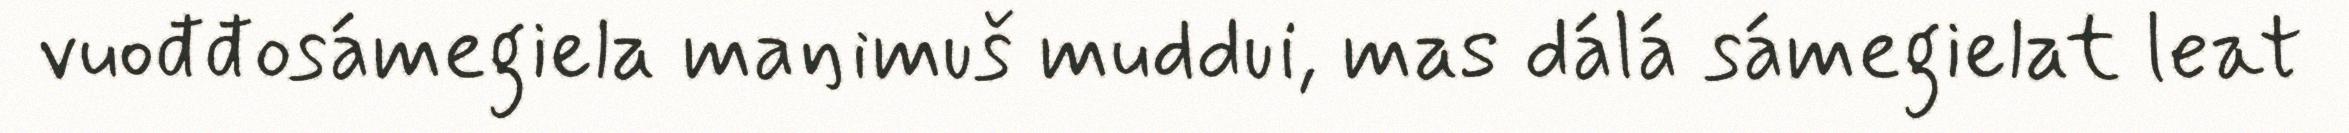
vuođđosámegiela maŋimuš muddui, mas dálá sámegielat leat